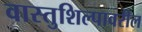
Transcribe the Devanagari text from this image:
वास्तुशिल्पावरील